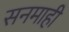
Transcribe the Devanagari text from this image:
सनमाही